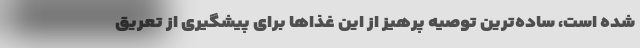
شده است، ساده‌ترین توصیه پرهیز از این غذاها برای پیشگیری از تعریق